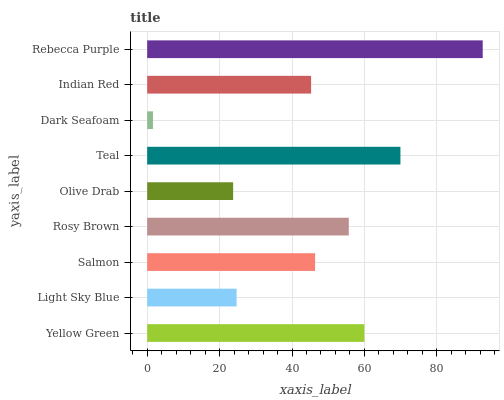
| yaxis_label | bars |
 | --- | --- |
 | Yellow Green | 60 |
 | Light Sky Blue | 24.7 |
 | Salmon | 46.4 |
 | Rosy Brown | 55.7 |
 | Olive Drab | 23.7 |
 | Teal | 69.9 |
 | Dark Seafoam | 1.6 |
 | Indian Red | 45.3 |
 | Rebecca Purple | 92.7 |